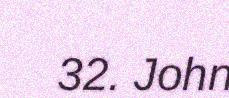
32. John